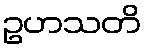
ဥဟသတိ